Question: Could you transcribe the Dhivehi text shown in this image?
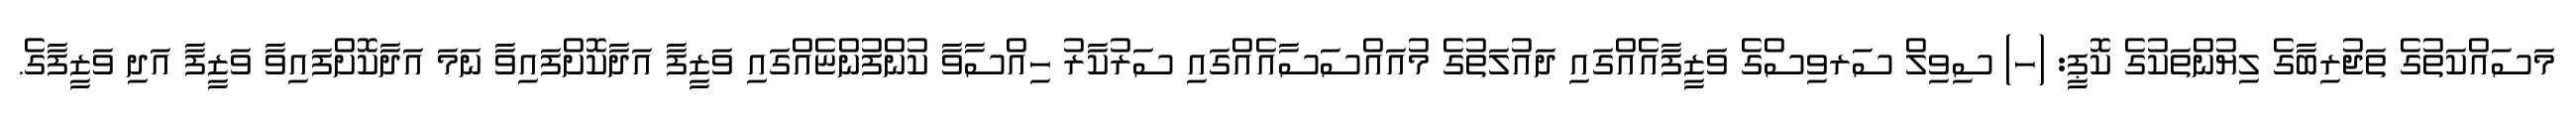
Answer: މަސައްކަތުގެ ތަޖުރިބާގެ ލިޔުންތަކުގެ ކޮޕީ: (ހ) ސިވިލް ސަރވިސްގެ ވަޒީފާއެއްގައި ދައުލަތުގެ މުއައްސަސާއެއްގައި ސަރުކާރު ހިއްސާވާ ކުންފުންޏެއްގައި ވަޒީފާ އަދާކޮށްފައިވާ ނަމަ އަދާކޮށްފައިވާ ވަޒީފާ އަދި ވަޒީފާގެ.